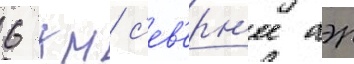
6 км с'ев'ерн'ее аэр